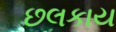
છલકાય